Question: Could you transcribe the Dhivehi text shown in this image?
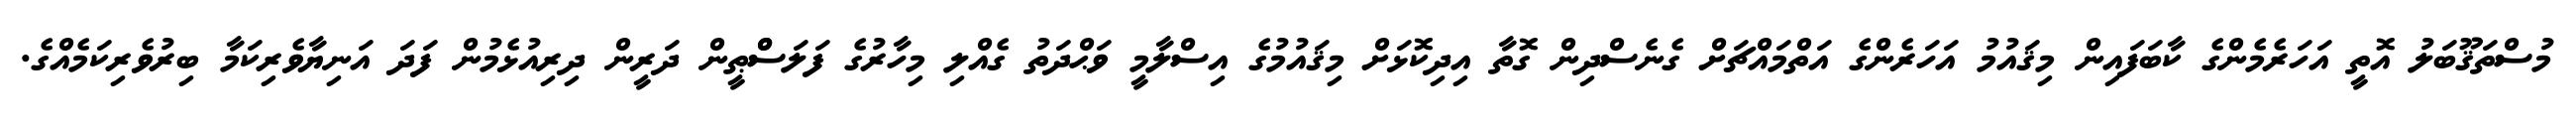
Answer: މުސްތަޤޫބަލު އޮތީ އަހަރެމެންގެ ކާބަފައިން މިޤައުމު އަހަރެންގެ އަތްމައްޗަށް ގެނެސްދިން ގޮތާ އިދިކޮޅަށް މިޤައުމުގެ އިސްލާމީ ވަޙްދަތު ގެއްލި މިހާރުގެ ފަލަސްްޠީން ދަރީން ދިރިއުޅެމުން ފަދަ އަނިޔާވެރިކަމާ ބިރުވެރިކަމެއްގެ.